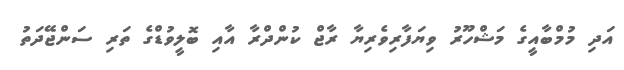
އަދި މުމްބާއީގެ މަޝްހޫރު ވިޔަފާރިވެރިޔާ ރާޖް ކުންދްރާ އާއި ބޮލީވުޑްގެ ތަރި ސަންޖޭދަތު